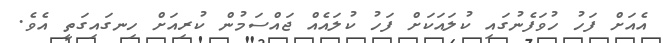
އެއަށް ފަހު ހުވަފެނުގައި ކުލައަކަށް ފަހު ކުލައެއް ޖައްސަމުން ކުރިއަށް ހިނގައިގަތީ އެވެ.